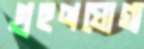
গ্রহণযোগ্য